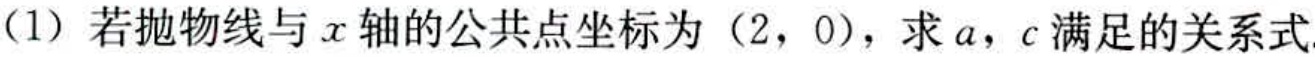
(1) 若抛物线与 \(x\) 轴的公共点坐标为 \((2,0)\)，求 \(a\)，\(c\) 满足的关系式